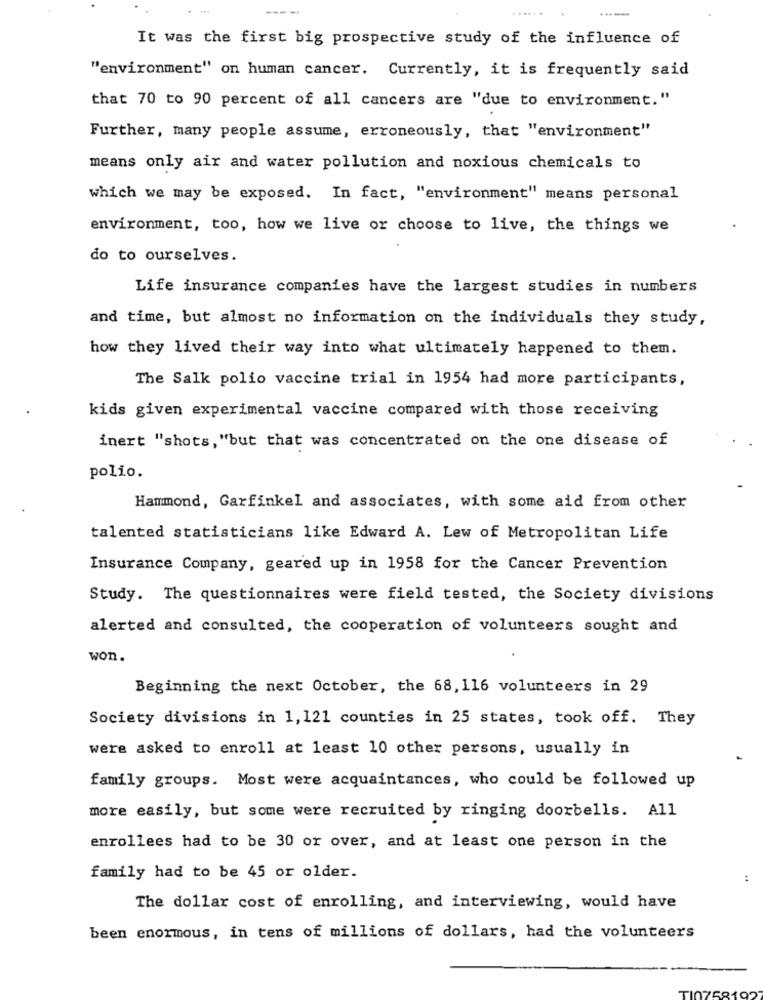
......
It was the first big prospective study of the influence of
"environment" on human cancer. Currently, it is frequently said
that 70 to 90 percent of all cancers are "due to environment."
Further, many people assume, erroneously, that "environment"
means only air and water pollution and noxious chemicals to
which we may be exposed. In fact, "environment" means personal
environment, too, how we live or choose to live, the things we
do to ourselves.
Life insurance companies have the largest studies in numbers
and time, but almost no information on the individuals they study,
how they lived their way into what ultimately happened to them.
The Salk polio vaccine trial in 1954 had more participants,
kids given experimental vaccine compared with those receiving
inert "shots, "but that was concentrated on the one disease of
polio.
Hammond, Garfinkel and associates, with some aid from other
talented statisticians like Edward A. Lew of Metropolitan Life
Insurance Company, geared up in 1958 for the Cancer Prevention
Study. The questionnaires were field tested, the Society divisions
alerted and consulted, the cooperation of volunteers sought and
won.
Beginning the next October, the 68, 116 volunteers in 29
Society divisions in 1,121 counties in 25 states, took off. They
were asked to enroll at least 10 other persons, usually in
family groups. Most were acquaintances, who could be followed up
more easily, but some were recruited by ringing doorbells. All
enrollees had to be 30 or over, and at least one person in the
family had to be 45 or older.
The dollar cost of enrolling, and interviewing, would have
been enormous, in tens of millions of dollars, had the volunteers